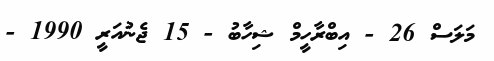
މަލަސް 26 - އިބްރާހީމް ޝިހާބު - 15 ޖެނުއަރީ 1990 -